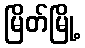
မြိတ်မြို့